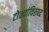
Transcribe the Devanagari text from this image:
टोळ्यांविरुध्द